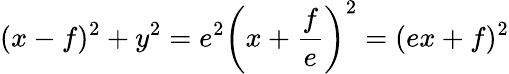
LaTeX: (x-f)^{2}+y^{2}=e^{2}\left(x+{\frac{f}{e}}\right)^{2}=(ex+f)^{2}